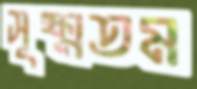
সূক্ষ্মতম